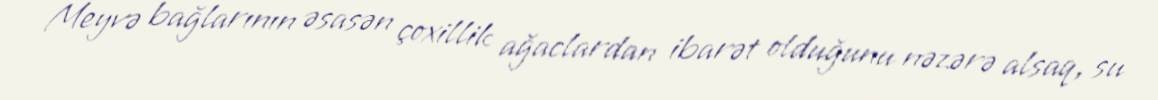
Meyvə bağlarının əsasən çoxillik ağaclardan ibarət olduğunu nəzərə alsaq, su